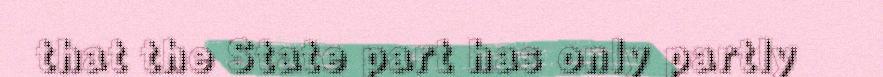
that the State part has only partly